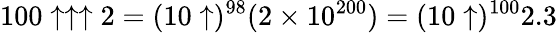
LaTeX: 100\uparrow\uparrow\uparrow 2=(10\uparrow)^{98}(2\times 10^{200})=(10\uparrow)^{100}2.3